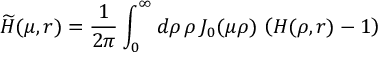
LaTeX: \widetilde { H } ( \mu , r ) = \frac { 1 } { 2 \pi } \int _ { 0 } ^ { \infty } d \rho \, \rho \, J _ { 0 } ( \mu \rho ) \, \left( H ( \rho , r ) - 1 \right)